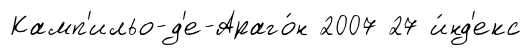
Камп'ильо-д'е-Араго́н 2007 27 и́нд'екс